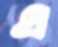
এ